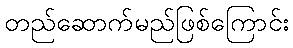
တည်ဆောက်မည်ဖြစ်ကြောင်း